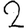
Digit: 2